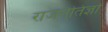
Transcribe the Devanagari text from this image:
राजनैतिज्ञों